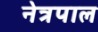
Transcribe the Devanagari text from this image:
नेत्रपाल